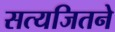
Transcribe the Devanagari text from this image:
सत्यजितने